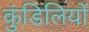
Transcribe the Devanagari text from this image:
कुंडिलियों